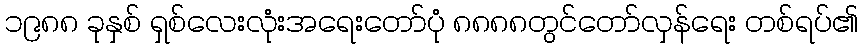
၁၉၈၈ ခုနှစ် ရှစ်လေးလုံးအရေးတော်ပုံ ၈၈၈၈တွင်တော်လှန်ရေး တစ်ရပ်၏